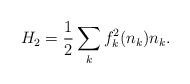
LaTeX: \begin{align*}H_{2} = \frac {1}{2} \sum_{k} f_{k}^{2}(n_{k}) n_{k}.\end{align*}